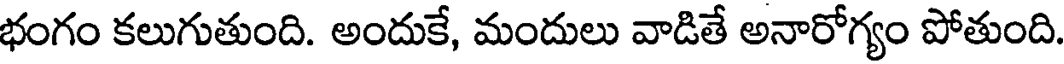
భంగం కలుగుతుంది. అందుకే, మందులు వాడితే అనారోగ్యం పోతుంది.